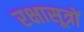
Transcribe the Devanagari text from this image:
रक्षासूत्रों